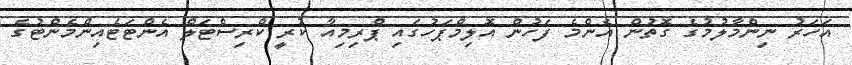
އަހަރު ނިންމާލުމުގެ ގޮތުން އެންމެ ފަހުން އޮލިމްޕަހުގައި ޕްރިމިއާ ކުރީ ކްރިސްޓަލް އެންޓަޓެއިންމެންޓުގެ